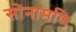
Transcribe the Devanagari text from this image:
सोनामणि